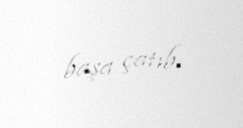
başa çatıb.